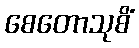
စေတောသုစိံ